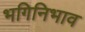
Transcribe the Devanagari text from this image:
भगिनिभाव